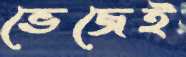
ভেজেই